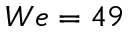
W e = 4 9